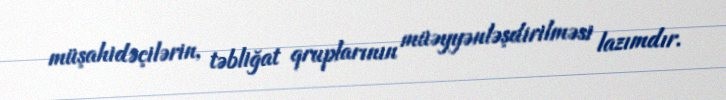
müşahidəçilərin, təbliğat qruplarının müəyyənləşdirilməsi lazımdır.